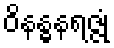
ဝိနန္ဓနရဇ္ဇုံ